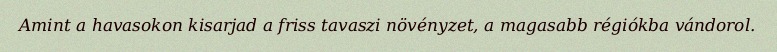
Amint a havasokon kisarjad a friss tavaszi növényzet, a magasabb régiókba vándorol.